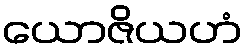
ယောဇိယဟံ